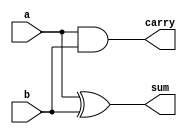
`timescale 1ns / 1ps
//////////////////////////////////////////////////////////////////////////////////
// Company: 
// Engineer: 
// 
// Design Name: 
// Module Name:    vedic2_2 
// Project Name: 
// Target Devices: 
// Tool versions: 
// Description: 
//
// Dependencies: 
//
// Revision: 
// Revision 0.01 - File Created
// Additional Comments: 
//
//////////////////////////////////////////////////////////////////////////////////
module ha(a, b, sum, carry);
// a and b are inputs
input signed a;
input signed b;
output signed sum;
output signed carry;
assign carry=a&b;
assign sum=a^b;
endmodule

module vedic_2x2(a,b,c);
input signed [1:0]a;
input signed [1:0]b;
output signed [3:0]c;
wire signed [3:0]c;
wire signed [3:0]temp;
//stage 1
// four multiplication operation of bits accourding to vedic logic done using and gates 
assign c[0]=a[0]&b[0]; 
assign temp[0]=a[1]&b[0];
assign temp[1]=a[0]&b[1];
assign temp[2]=a[1]&b[1];
//stage two 
// using two half adders 
ha z1(temp[0],temp[1],c[1],temp[3]);
ha z2(temp[2],temp[3],c[2],c[3]);
endmodule

////////////////////////////////////////////////////////////////////////////////////////////////////////////

module half_adder(x,y,s,c);
   input signed x,y;
   output signed s,c;
   assign  s=x^y;
   assign  c=x&y;
endmodule // half adder


module full_adder(x,y,c_in,s,c_out);
   input signed x,y,c_in;
   output signed s,c_out;
 assign s = (x^y) ^ c_in;
 assign c_out = (y&c_in)| (x&y) | (x&c_in);
endmodule // full_adder